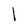
Character: 1